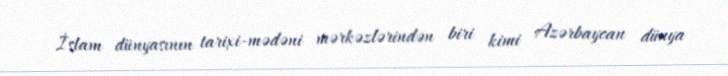
İslam dünyasının tarixi-mədəni mərkəzlərindən biri kimi Azərbaycan dünya